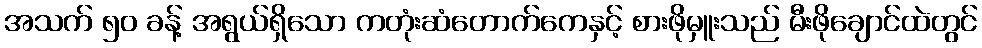
အသက် ၅၀ ခန့် အရွယ်ရှိသော ကတုံးဆံတောက်ကေနှင့် စားဖိုမှူးသည် မီးဖိုချောင်ထဲတွင်